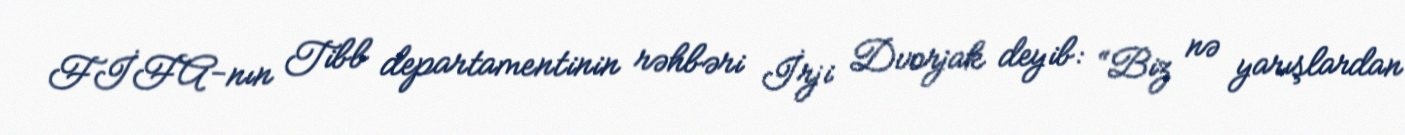
FİFA-nın Tibb departamentinin rəhbəri İrji Dvorjak deyib: “Biz nə yarışlardan